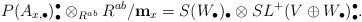
\begin{align*}P(A_{x, \bullet})^{\bullet}_{\bullet} \otimes_{R^{ab}}R^{ab}/{\bf m}_x=S(W_{\bullet})_{\bullet} \otimes S L^{+}(V \oplus W_{\bullet})_{\bullet}^{\bullet}.\end{align*}